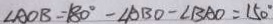
\angle A O B = 1 8 0 ^ { \circ } - \angle A B O - \angle B A O = 1 5 0 ^ { \circ }